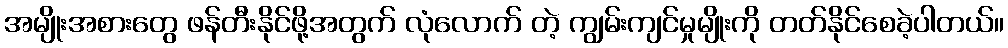
အမျိုးအစားတွေ ဖန်တီးနိုင်ဖို့အတွက် လုံလောက် တဲ့ ကျွမ်းကျင်မှုမျိုးကို တတ်နိုင်စေခဲ့ပါတယ်။